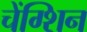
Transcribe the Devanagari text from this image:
चेंग्शिन